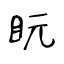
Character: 盶